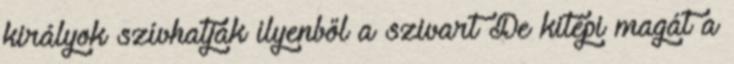
királyok szívhatják ilyenből a szivart De kitépi magát a